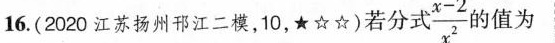
16.(2020江苏扬州邗江二模，10，★☆☆)若分式 \frac{x-2}{x^{2}} 的值为